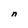
Character: n